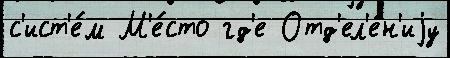
с'ист'е́м М'е́сто гд'е Отд'ел'е́н'иjу